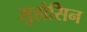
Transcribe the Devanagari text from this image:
सुहोसिन